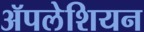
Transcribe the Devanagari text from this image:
ॲपलेशियन